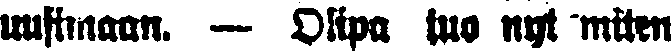
uusimaan. — Olipa tuo nyt miten